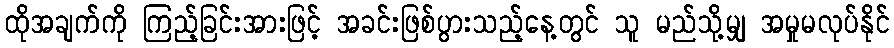
ထိုအချက်ကို ကြည့်ခြင်းအားဖြင့် အခင်းဖြစ်ပွားသည့်နေ့တွင် သူ မည်သို့မျှ အမှုမလုပ်နိုင်